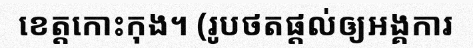
ខេត្តកោះកុង។ (រូបថតផ្តល់ឲ្យអង្គការ